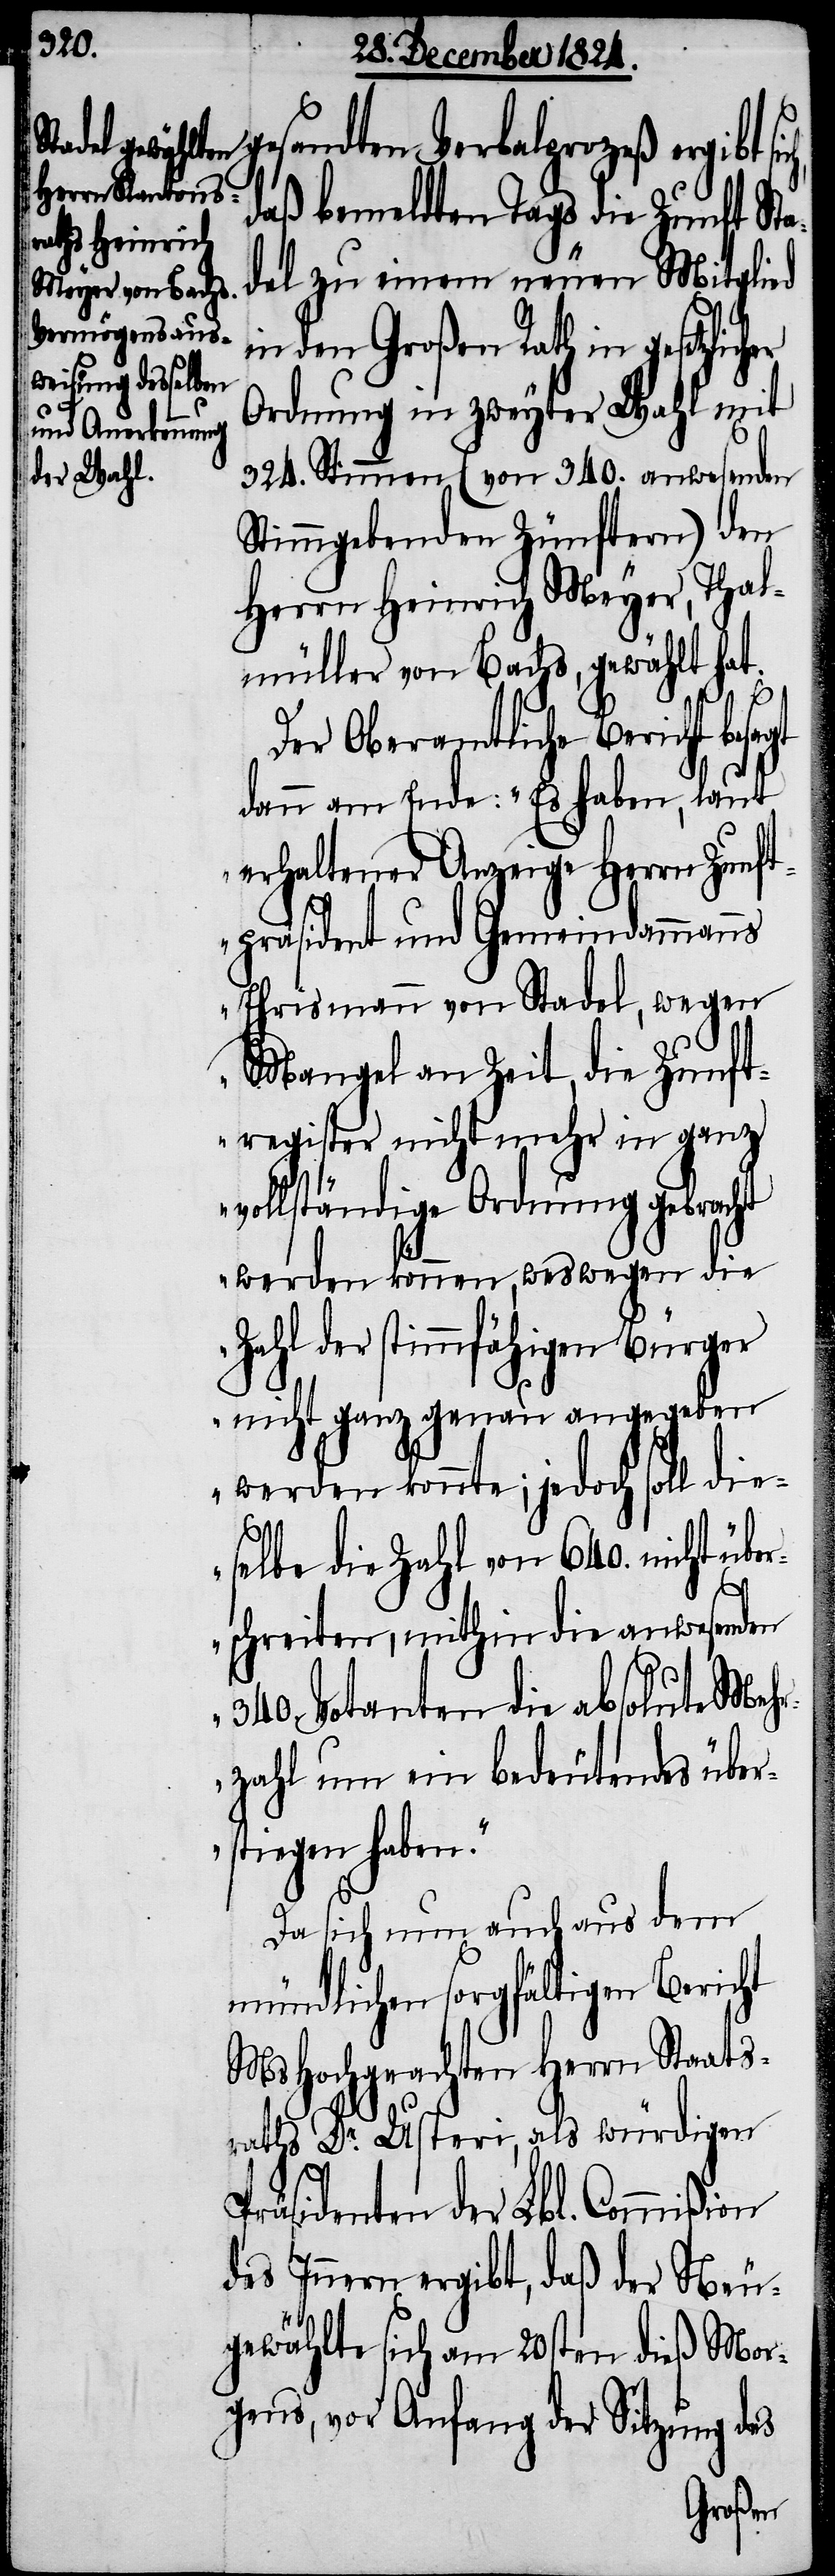
gesandten Verbalprozeß ergibt s¬
daß bemeldten Tags die Zunft Sta¬
del zu einem neuen Mitglied
in den Großen Rath in gesetzlich¬
Ordnung und in zweyter Wahl mit
324. Stimmen (von 340. anwesenden
Stimmgebenden Zünftern) den
Herrn Heinrich Meyer, Thal¬
müller von Bachs, gewählt hat.
Der Oberamtliche Bericht bes¬
dann am Ende: „Es haben, laut
erhaltener Anzeige Herrn Zunft¬
präsident und Gemeindammanns
Ehrismann von Stadel, wegen
Mangel an Zeit, die Zunft¬
register nicht mehr in ganz
vollständiger Ordnung gebracht
werden können, weswegen die
Zahl der stimmfähigen Bürger
nicht ganz genau angegeben
werden konnte; jedoch soll die¬
selbe die Zahl von 640. nicht übe¬
rschreiten, mithin die anwesenden
340. Votanten die absolute Mehr¬
zahl um ein bedeutendes über¬
stiegen haben.“
Da sich nun auch aus dem
mündlichen sorgfältigen Bericht
MsHochgeachten Herrn Staats¬
raths Dr. Usteri, als würdigen
Präsidenten der Lbl. Commißion
des Innern ergibt, daß der Neu¬
gewählte sich am 20sten dieß Mor¬
gens, vor Anfang der Sitzung des
agt